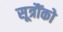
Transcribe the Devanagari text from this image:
सूत्रौंको